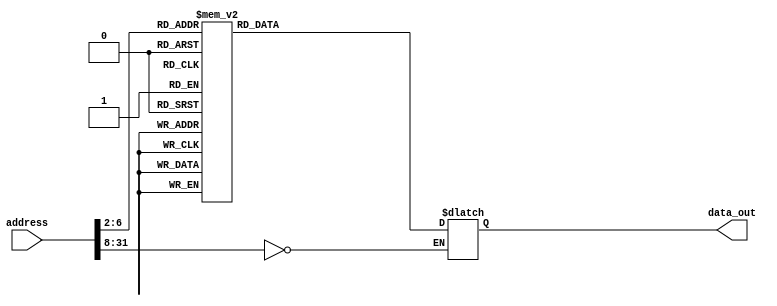
//    A simple 32-bit by 32-word read-only memory model
//    ECE 313 Fall 2002


//  11/21/02 - modified to access up to 64 words JN

module rom32(address, data_out);
  input  [31:0] address;
  output [31:0] data_out;
  reg    [31:0] data_out;

  parameter BASE_ADDRESS = 25'd0; // address that applies to this memory

  wire [5:0] mem_offset;
  wire address_select;

  assign mem_offset = address[7:2];  // drop 2 LSBs to get word offset

  assign address_select = (address[31:8] == BASE_ADDRESS);  // address decoding

  always @(address_select or mem_offset)

  begin
    if ((address % 4) != 0) $display($time, " rom32 error: unaligned address %d", address);
    if (address_select == 1)
    begin
      case (mem_offset) 
          5'd0 : data_out = { 6'd35, 5'd0, 5'd2, 16'd4 };             // lw $2, 4($0)    r2=1
          5'd1 : data_out = { 6'd35, 5'd0, 5'd3, 16'd8 };             // lw $3, 8($0)    r3=2
          5'd2 : data_out = { 6'd35, 5'd0, 5'd4, 16'd20 };             // lw $4, 20($0)  r4=5
          5'd3 : data_out = { 6'd0, 5'd0, 5'd0, 5'd5, 5'd0, 6'd32 };  // add $5, $0, $0  r5=0
          5'd4 : data_out = 0; // no-op to stall until add is done
          5'd5 : data_out = 0; // no-op to stall until add is done
          5'd6 : data_out = 0; // no-op to stall until add is done
          5'd7 : data_out = { 6'd0, 5'd5, 5'd2, 5'd5, 5'd0, 6'd32 };  // add $5, $5, $1  r5 = r6 + 1
          5'd8 : data_out = 0; // no-op to stall until add is done
          5'd9 : data_out = 0; // no-op to stall until add is done
          5'd10 : data_out = 0; // no-op to stall until add is done                              
          5'd11 : data_out = { 6'd0, 5'd4, 5'd5, 5'd6, 5'd0, 6'd42 };  // slt $6, $4, $5  is $5 > 54?
          5'd12 : data_out = 0; // no-op to stall until slt is done
          5'd13 : data_out = 0; // no-op to stall until slt is done  
          5'd14 : data_out = 0; // no-op to stall until slt is done                                
          5'd15 : data_out = { 6'd4, 5'd6, 5'd0, -16'd9 };             // beq $6, $zero, -9  if not, go back 2
          5'd16 : data_out = 32'b0; // no-op after branch
          5'd17 : data_out = 32'b0; // no-op after branch
          5'd18 : data_out = 32'b0; // no-op after branch
          5'd19 : data_out = { 6'd43, 5'd0, 5'd5, 16'd0 };             // MEM[0] = $5
          5'd20 : data_out = { 6'd4, 5'd0, 5'd0, -16'd18 };            // beq $0, $0, -18 restart loop at word 3
          // add more cases here as desired
          default data_out = 32'hxxxx;
      endcase

      $display($time, " reading data: rom32[%h] => %h", address, data_out);

    end
  end 
endmodule